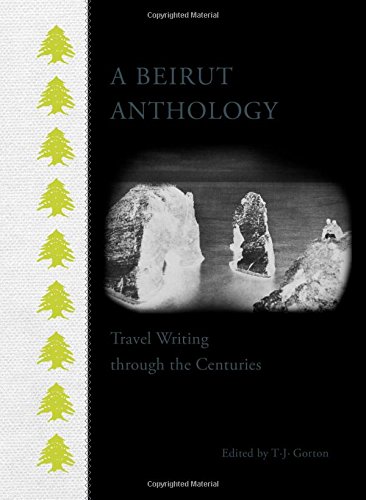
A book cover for A Beirut Anthology: Travel Writing through the Centuries; Travel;